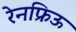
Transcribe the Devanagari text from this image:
रेनफ्रिऊ